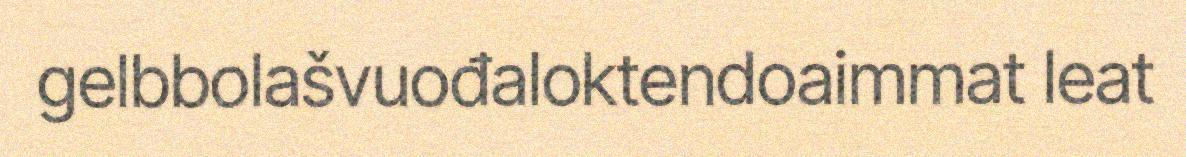
gelbbolašvuođaloktendoaimmat leat